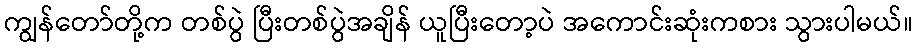
ကျွန်တော်တို့က တစ်ပွဲ ပြီးတစ်ပွဲအချိန် ယူပြီးတော့ပဲ အကောင်းဆုံးကစား သွားပါမယ်။